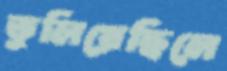
তুলিয়েছিলে